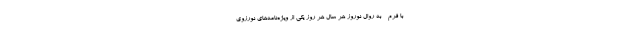
با فرم - به روال نوروز هر سال هر روز یکی از ویژه‌نامه‌های نورزوی